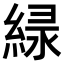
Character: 𫃱